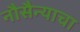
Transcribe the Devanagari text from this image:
नौसैन्याचा